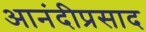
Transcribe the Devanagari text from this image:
आनंदीप्रसाद